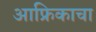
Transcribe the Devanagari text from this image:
आफ्रिकाचा